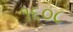
૧૬૦૮